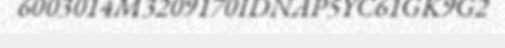
6003014M3209170IDNAP5YC61GK9G2